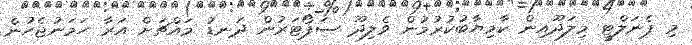
މި ޕެނަލްޓީ މިލަދޫއިން ކާމިޔާބުކުރުމުން ވެލިދޫ ސަޕޯޓަރުން ދަނޑު މައްޗަށް އަރާ ހަމަނުޖެހުން